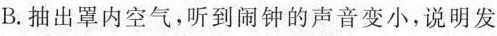
B.抽出罩内空气，听到闹钟的声音变小，说明发